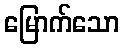
မြောက်သော